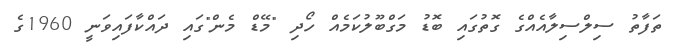
ތަފާތު ސިލްސިލާއެއްގެ ގޮތުގައި ބޮޑު މަގްބޫލުކަމެއް ހޯދި "މޭޑް މެން"ގައި ދައްކާފައިވަނީ 1960ގެ